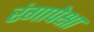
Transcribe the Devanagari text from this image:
रंगापेक्षा